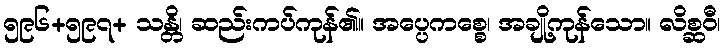
၅၉၆+၅၉၇+ သန္တိ၊ ဆည်းကပ်ကုန်၏။ အပ္ပေကစ္စေ၊ အချို့ကုန်သော။ လိစ္ဆဝီ၊